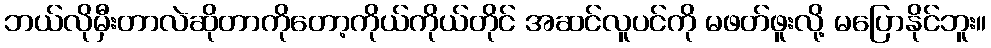
ဘယ်လိုမှီးတာလဲဆိုတာကိုတော့ကိုယ်ကိုယ်တိုင် အဆင်လူပင်ကို မဖတ်ဖူးလို့ မပြောနိုင်ဘူး။